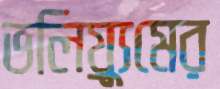
ভলিয়্যুমের